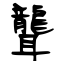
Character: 聾